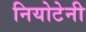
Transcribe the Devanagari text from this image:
नियोटेनी